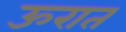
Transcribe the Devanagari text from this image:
ऊरात